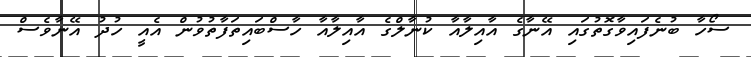
ސޯހާ ބުނެފައިވާގޮތުގައި އޭނާގެ އާއިލާއާ ކުނާލްގެ އާއިލާއާ ހާސްބައިތަފާތުވުން އެއީ ހުދު އޭނާވެސް